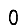
Digit: 0